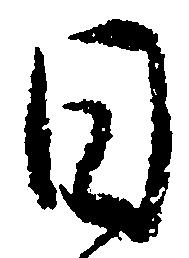
日